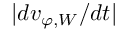
\lvert d v _ { \varphi , W } / d t \rvert